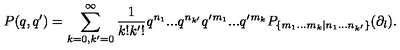
P ( q , q ^ { \prime } ) = \sum _ { k = 0 , k ^ { \prime } = 0 } ^ { \infty } \frac { 1 } { k ! k ^ { \prime } ! } q ^ { n _ { 1 } } . . . q ^ { n _ { k ^ { \prime } } } q ^ { \prime } { } ^ { m _ { 1 } } . . . q ^ { \prime } { } ^ { m _ { k } } P _ { \{ m _ { 1 } . . . m _ { k } | n _ { 1 } . . . n _ { k ^ { \prime } } \} } ( \partial _ { l } ) .